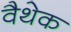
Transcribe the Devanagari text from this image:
वैथेक